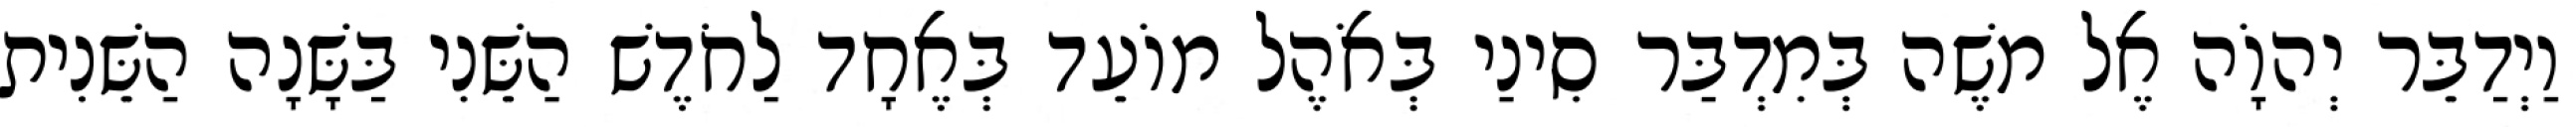
וַיְדַבֵּר יְהוָֹה אֶל משֶׁה בְּמִדְבַּר סִינַי בְּאֹהֶל מוֹעֵד בְּאֶחָד לַחֹדֶשׁ הַשֵּׁנִי בַּשָּׁנָה הַשֵּׁנִית